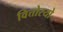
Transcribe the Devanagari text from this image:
वित्तोरयो